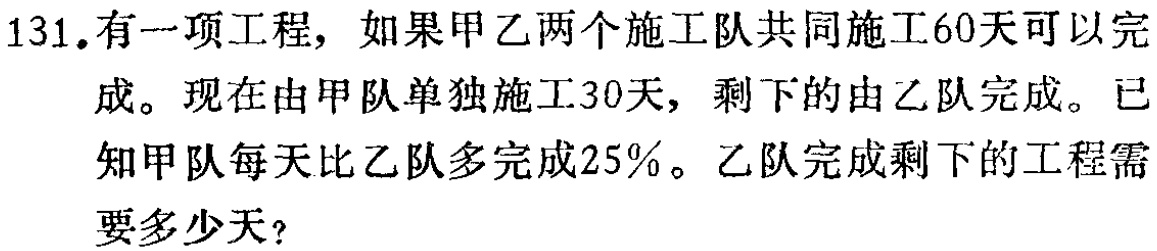
131.有一项工程，如果甲乙两个施工队共同施工60天可以完成。现在由甲队单独施工30天，剩下的由乙队完成。已知甲队每天比乙队多完成25%。乙队完成剩下的工程需要多少天？